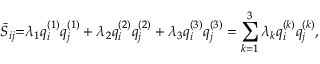
{ { \bar { S } } _ { i j } } \mathrm { { = } } { \lambda _ { 1 } } q _ { i } ^ { \left( 1 \right) } q _ { j } ^ { \left( 1 \right) } + { \lambda _ { 2 } } q _ { i } ^ { \left( 2 \right) } q _ { j } ^ { \left( 2 \right) } + { \lambda _ { 3 } } q _ { i } ^ { \left( 3 \right) } q _ { j } ^ { \left( 3 \right) } = \sum _ { k = 1 } ^ { 3 } { { \lambda _ { k } } q _ { i } ^ { \left( k \right) } q _ { j } ^ { \left( k \right) } } ,